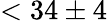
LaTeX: <34\pm 4